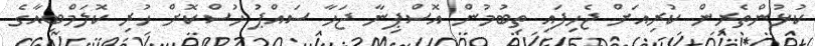
ކުޅުންތެރިން ކުރިއަށް ޖެހިފައި ތިބުމުން އޮސްޕިނާ ޖަހާ ސައްޕު ހުސްކޮށް ހުރި ކޮލަމްބިއާގެ